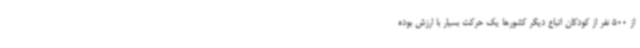
از 500 نفر از کودکان اتباع دیگر کشورها یک حرکت بسیار با ارزش بوده